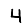
Digit: 4